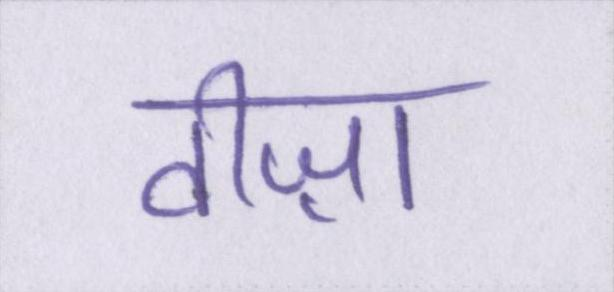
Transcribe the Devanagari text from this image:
वीज़ा